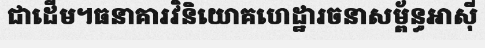
ជាដើម។ធនាគារវិនិយោគហេដ្ឋារចនាសម្ព័ន្ធអាស៊ី